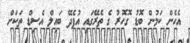
އެހެން ކަމުން ބޮޑު ގޮހޮރު ގެ ތެރޭގައި އުފެދޭ ބައިލް އެސިޑް ތަކަށް